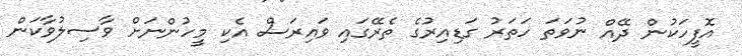
އޮފީހަކުން ދޭއް ނުވަތަ ހަތަރު ގަޑިއިރުގެ ތެރޭގައި ވައިރަސް އެކި މީހުންނަށް ވާސިލުވާކަން